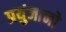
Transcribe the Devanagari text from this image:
प्रयुंजानो